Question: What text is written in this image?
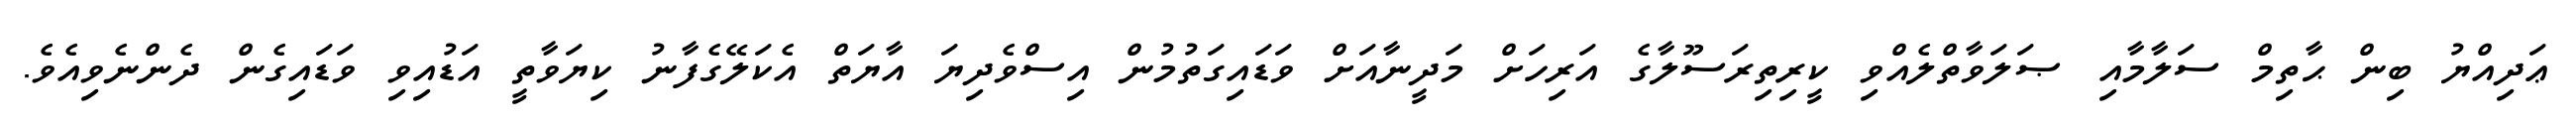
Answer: ޢަދިއްޔު ބިން ޙާތިމް ސަލާމާއި ޞަލަވާތްލެއްވި ކީރިތިރަސޫލާގެ އަރިހަށް މަދީނާއަށް ވަޑައިގަތުމުން އިސްވެދިޔަ އާޔަތް އެކަލޭގެފާނު ކިޔަވާތީ އަޑުއިވި ވަޑައިގެން ދެންނެވިއެވެ.